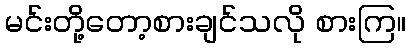
မင်းတို့တော့စားချင်သလို စားကြ။